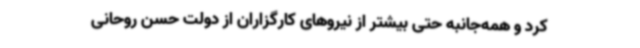
کرد و همه‌جانبه حتی بیشتر از نیروهای کارگزاران از دولت حسن روحانی